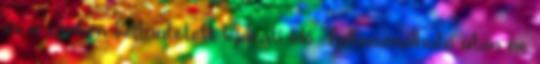
és a címkén feltüntetett lejárati idő Felhasználható után ne